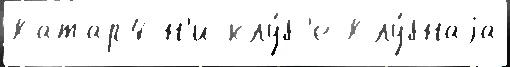
Катар4 н'и клу́б'е Клу́бнаjа